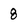
Character: 8